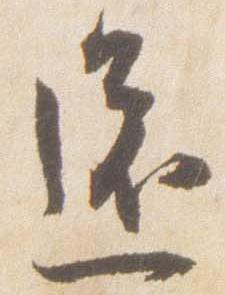
還